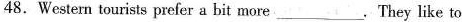
48.Western tourists prefer a bit more___.They like to